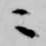
ニ